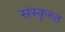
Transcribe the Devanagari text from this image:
संस्कृरुत